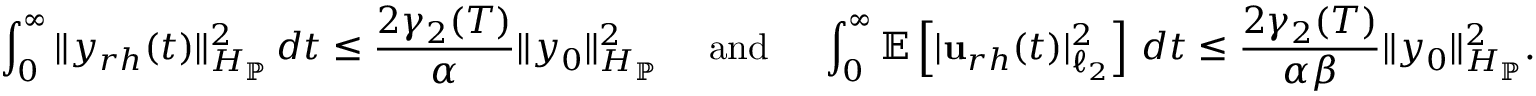
\int _ { 0 } ^ { \infty } \| y _ { r h } ( t ) \| _ { H _ { \mathbb { P } } } ^ { 2 } \, d t \leq \frac { 2 \gamma _ { 2 } ( T ) } { \alpha } \| y _ { 0 } \| _ { H _ { \mathbb { P } } } ^ { 2 } \quad \mathrm { ~ a n d ~ } \quad \int _ { 0 } ^ { \infty } \mathbb { E } \left[ | \mathbf { u } _ { r h } ( t ) | _ { \ell _ { 2 } } ^ { 2 } \right] \, d t \leq \frac { 2 \gamma _ { 2 } ( T ) } { \alpha \beta } \| y _ { 0 } \| _ { H _ { \mathbb { P } } } ^ { 2 } .